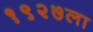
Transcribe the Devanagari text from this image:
१९२७ला